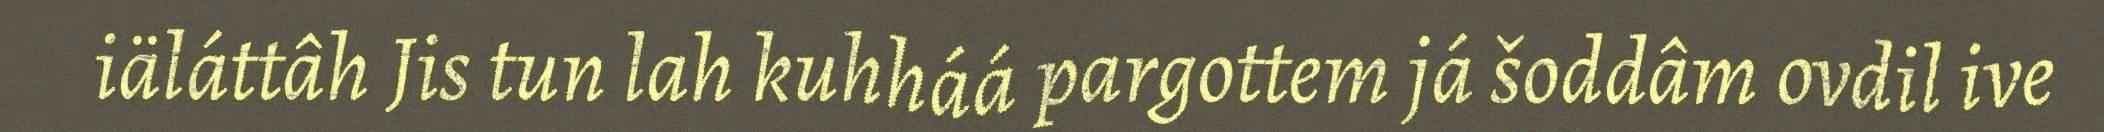
iäláttâh Jis tun lah kuhháá pargottem já šoddâm ovdil ive